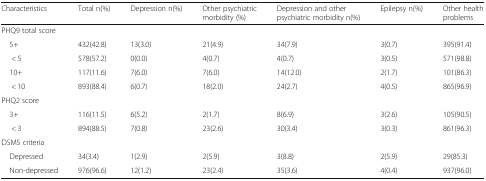
<table><thead><tr><td><b>Characteristics</b></td><td><b>Total n(%)</b></td><td><b>Depression n(%)</b></td><td><b>Other psychiatric morbidity (%)</b></td><td><b>Depression and other psychiatric morbidity n(%)</b></td><td><b>Epilepsy n(%)</b></td><td><b>Other health problems</b></td></tr></thead><tbody><tr><td colspan="7">PHQ9 total score</td></tr><tr><td> 5+</td><td>432(42.8)</td><td>13(3.0)</td><td>21(4.9)</td><td>34(7.9)</td><td>3(0.7)</td><td>395(91.4)</td></tr><tr><td>&lt; 5</td><td>578(57.2)</td><td>0(0.0)</td><td>4(0.7)</td><td>4(0.7)</td><td>3(0.5)</td><td>571(98.8)</td></tr><tr><td> 10+</td><td>117(11.6)</td><td>7(6.0)</td><td>7(6.0)</td><td>14(12.0)</td><td>2(1.7)</td><td>101(86.3)</td></tr><tr><td>&lt; 10</td><td>893(88.4)</td><td>6(0.7)</td><td>18(2.0)</td><td>24(2.7)</td><td>4(0.5)</td><td>865(96.9)</td></tr><tr><td colspan="7">PHQ2 score</td></tr><tr><td> 3+</td><td>116(11.5)</td><td>6(5.2)</td><td>2(1.7)</td><td>8(6.9)</td><td>3(2.6)</td><td>105(90.5)</td></tr><tr><td>&lt; 3</td><td>894(88.5)</td><td>7(0.8)</td><td>23(2.6)</td><td>30(3.4)</td><td>3(0.3)</td><td>861(96.3)</td></tr><tr><td colspan="7">DSM5 criteria</td></tr><tr><td> Depressed</td><td>34(3.4)</td><td>1(2.9)</td><td>2(5.9)</td><td>3(8.8)</td><td>2(5.9)</td><td>29(85.3)</td></tr><tr><td> Non-depressed</td><td>976(96.6)</td><td>12(1.2)</td><td>23(2.4)</td><td>35(3.6)</td><td>4(0.4)</td><td>937(96.0)</td></tr></tbody></table>